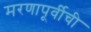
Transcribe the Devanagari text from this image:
मरणापूर्वीची